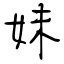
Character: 妹